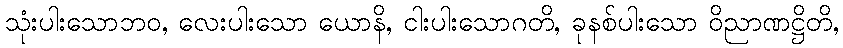
သုံးပါးသောဘဝ, လေးပါးသော ယောနိ, ငါးပါးသောဂတိ, ခုနစ်ပါးသော ဝိညာဏဋ္ဌိတိ,